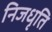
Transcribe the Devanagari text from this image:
निजधृति